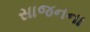
સાજનના